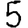
Digit: 5